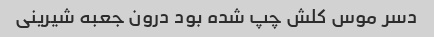
دسر موس کلش چپ شده بود درون جعبه شیرینی